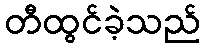
တီထွင်ခဲ့သည်